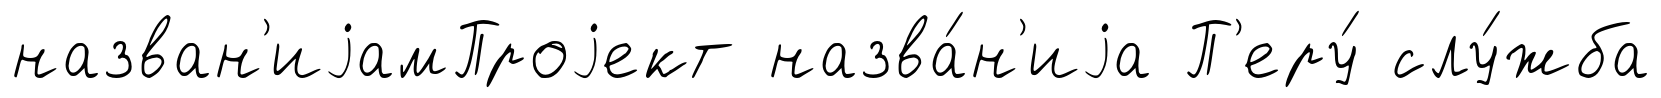
назван'иjамПроjект назва́н'иjа П'еру́ слу́жба